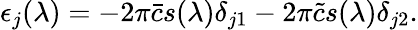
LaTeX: \epsilon_{j}(\lambda)=-2\pi\bar{c}s(\lambda)\delta_{j1}-2\pi\tilde{c}s(\lambda)\delta_{j2}.